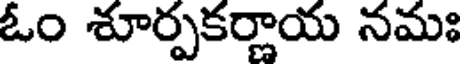
ఓం శూర్పకర్ణాయ నమః